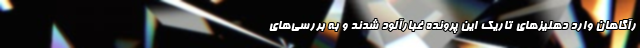
رآگاهان وارد دهلیز‌های تاریک این پرونده غبارآلود شدند و به بررسی‌های